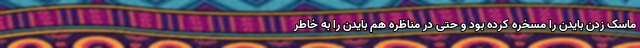
ماسک زدن بایدن را مسخره کرده بود و حتی در مناظره هم بایدن را به خاطر